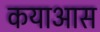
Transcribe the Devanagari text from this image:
कयाआस